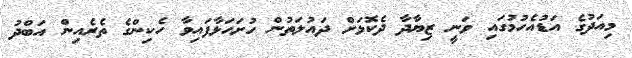
މިއަދުގެ އަޑުއެހުމުގައި ވަނީ ޒިޔާދާ ދެކޮޅަށް ދައުލަތުން ހުށަހަޅާފައިވާ ހެކިންގެ ތެރެއިން އަބްދު